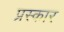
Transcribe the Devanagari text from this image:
प्रस्कार